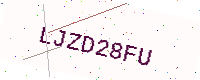
Text: LJZD28FU